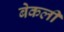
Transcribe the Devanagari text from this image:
बेकली